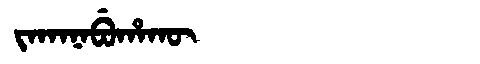
Manchu: ᠵᠠᡴᠠᠨᠠᠪᡠᡥᠠᡴᡡ
Romanization: JAKANABUHAKŪ